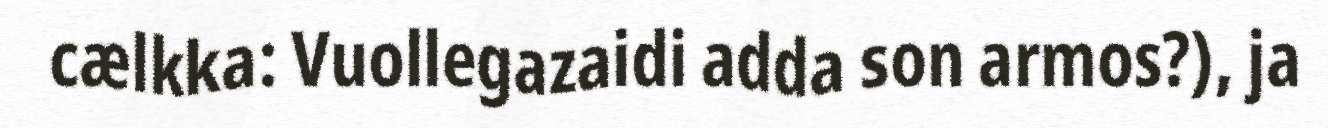
cælkka: Vuollegazaidi adda son armos?), ja